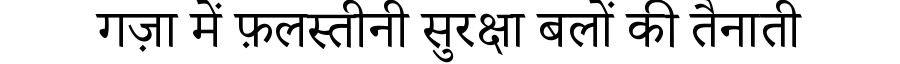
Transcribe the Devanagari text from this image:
गज़ा में फ़लस्तीनी सुरक्षा बलों की तैनाती